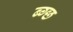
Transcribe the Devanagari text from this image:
ब्ग्छ